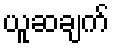
ယူဆချက်